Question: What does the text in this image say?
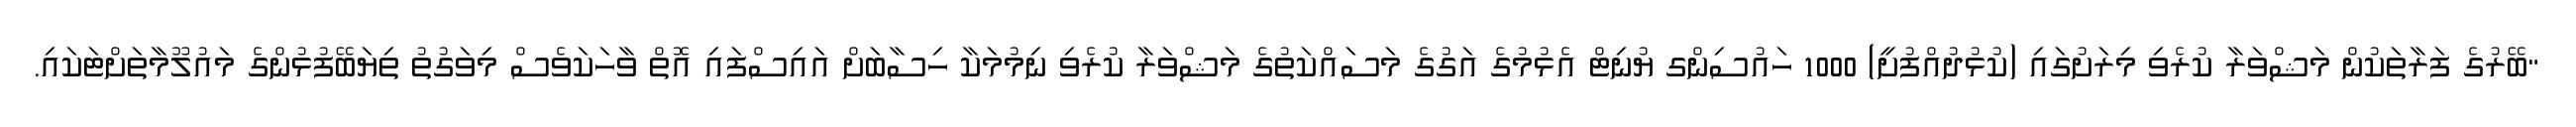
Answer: "ބޭރުގެ ފަރާތަކުން މަޝްވަރާ ކުރެވި މިރަށުގައި (ކުޅުދުއްފުށީ) 1000 ހައުސިންގ ޔުނިޓް އެޅުމުގެ އަގުގެ މަސައްކަތުގެ މަޝްވަރާ ކުރެވި ނިމުމަކާ ހިސާބަށް އައިސްފައި އޮތް ވާހަކަވެސް މިވަގުތު ތިޔަބޭފުޅުންގެ މައުލޫމާތަށްޓަކައި.